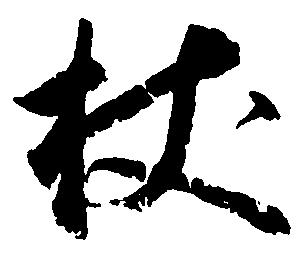
杖